Sketch of the medical history of the native army of Bombay, for the year
Year: 1875
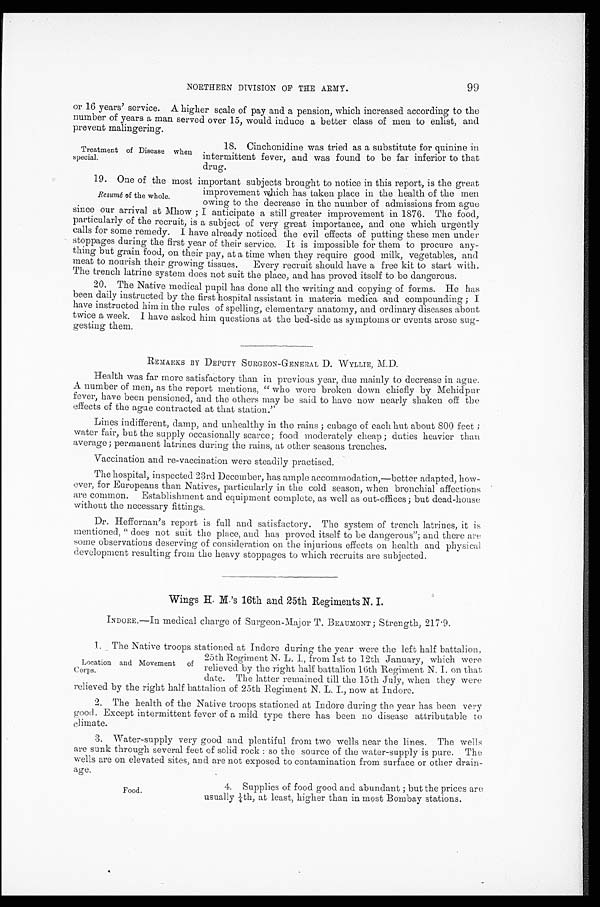
99
NORTHERN DIVISION OF THE ARMY.
or 16 years' service. A higher scale of pay and a pension, which increased according to the
number of years a man served over 15, would induce a better class of men to enlist, and
prevent malingering.
Treatment of Disease when
special.
18. Cinchonidine was tried as a substitute for quinine in
intermittent fever, and was found to be far inferior to that
drug.
19. One of the most important subjects brought to notice in this report, is the great
improvement which has taken place in the health of the men
owing to the decrease in the number of admissions from ague
since our arrival at Mhow; I anticipate a still greater improvement in 1876. The food,
particularly of the recruit, is a subject of very great importance, and one which urgently
calls for some remedy. I have already noticed the evil effects of putting these men under
stoppages during the first year of their service. It is impossible for them to procure any
-thing but grain food, on their pay, at a time when they require good milk, vegetables, and
meat to nourish their growing tissues. Every recruit should have a free kit to start with.
The trench latrine system does not suit the place, and has proved itself to be dangerous.
20. The Native medical pupil has done all the writing and copying of forms. He has
been daily instructed by the first hospital assistant in materia medica and compounding; I
have instructed him in the rules of spelling, elementary anatomy, and ordinary diseases about
twice a week. I have asked him questions at the bed-side as symptoms or events arose sug
- g e s t i n g t h e m .
REMARKS BY DEPUTY SURGEON-GENERAL D. WYLLIE, M.D.
Health was far more satisfactory than in previous year, due mainly to decrease in ague.
A number of men, as the report mentions, "who were broken down chiefly by Mehidpur
fever, have been pensioned, and the others may be said to have now nearly shaken off the
effects of the ague contracted at that station."
Lines indifferent, damp, and unhealthy in the rains; cubage of each hut about 800 feet;
water fair, but the supply occasionally scarce; food moderately cheap; duties heavier than
average; permanent latrines during the rains, at other seasons trenches.
Vaccination and re-vaccination were steadily practised.
The hospital, inspected 23rd December, has ample accommodation,—better adapted, how
- e v e r , f o r E u r o p e a n s t h a n N a t i v e s , p a r t i c u l a r l y i n t h e c o l d s e a s o n , w h e n b r o n c h i a l a f f e c t i o n s
are common. Establishment and equipment complete, as well as out-offices; but dead-house
without the necessary fittings.
Dr. Heffernan's report is full and satisfactory. The system of trench latrines, it is
mentioned, "does not suit the place, and has proved itself to be dangerous"; and there are
some observations deserving of consideration on the injurious effects on health and physical
development resulting from the heavy stoppages to which recruits arc subjected.
Wings H. M.'s 16th and 25th Regiments N. I.
INDORE.—In medical charge of Surgeon-Major T. BEAUMONT; Strength, 217.9.
1. The Native troops stationed at Indore during the year were the left half battalion,
25th Regiment N. L. I., from 1st to 12th January, which were
relieved by the right half battalion 16th Regiment N. I. on that
date. The latter remained till the 15th July, when they were
relieved by the right half battalion of 25th Regiment N. L. I., now at Indore.
2. The health of the Native troops stationed at Indore during the year has been very
good. Except intermittent fever of a mild type there has been no disease attributable to
climate.
3. Water-supply very good and plentiful from two wells near the lines. The wells
are sunk through several feet of solid rock: so the source of the water-supply is pure. The
wells are on elevated sites, and are not exposed to contamination from surface or other drain
- a g e .
Resumé of the whole.
Location and Movement of
Corps.
Food.
4. Supplies of food good and abundant; but the prices are
usually ¼th, at least, higher than in most Bombay stations.